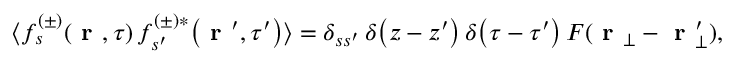
\langle f _ { s } ^ { ( \pm ) } \! \left( \textbf { r } , \tau \right) f _ { s ^ { \prime } } ^ { ( \pm ) * } \! \left( \textbf { r } ^ { \prime } , \tau ^ { \prime } \right) \rangle = \delta _ { s s ^ { \prime } } \, \delta \! \left( z - z ^ { \prime } \right) \delta \! \left( \tau - \tau ^ { \prime } \right) F ( \textbf { r } _ { \bot } - \textbf { r } _ { \bot } ^ { \prime } ) ,